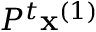
P ^ { t } \mathbf { x } ^ { ( 1 ) }